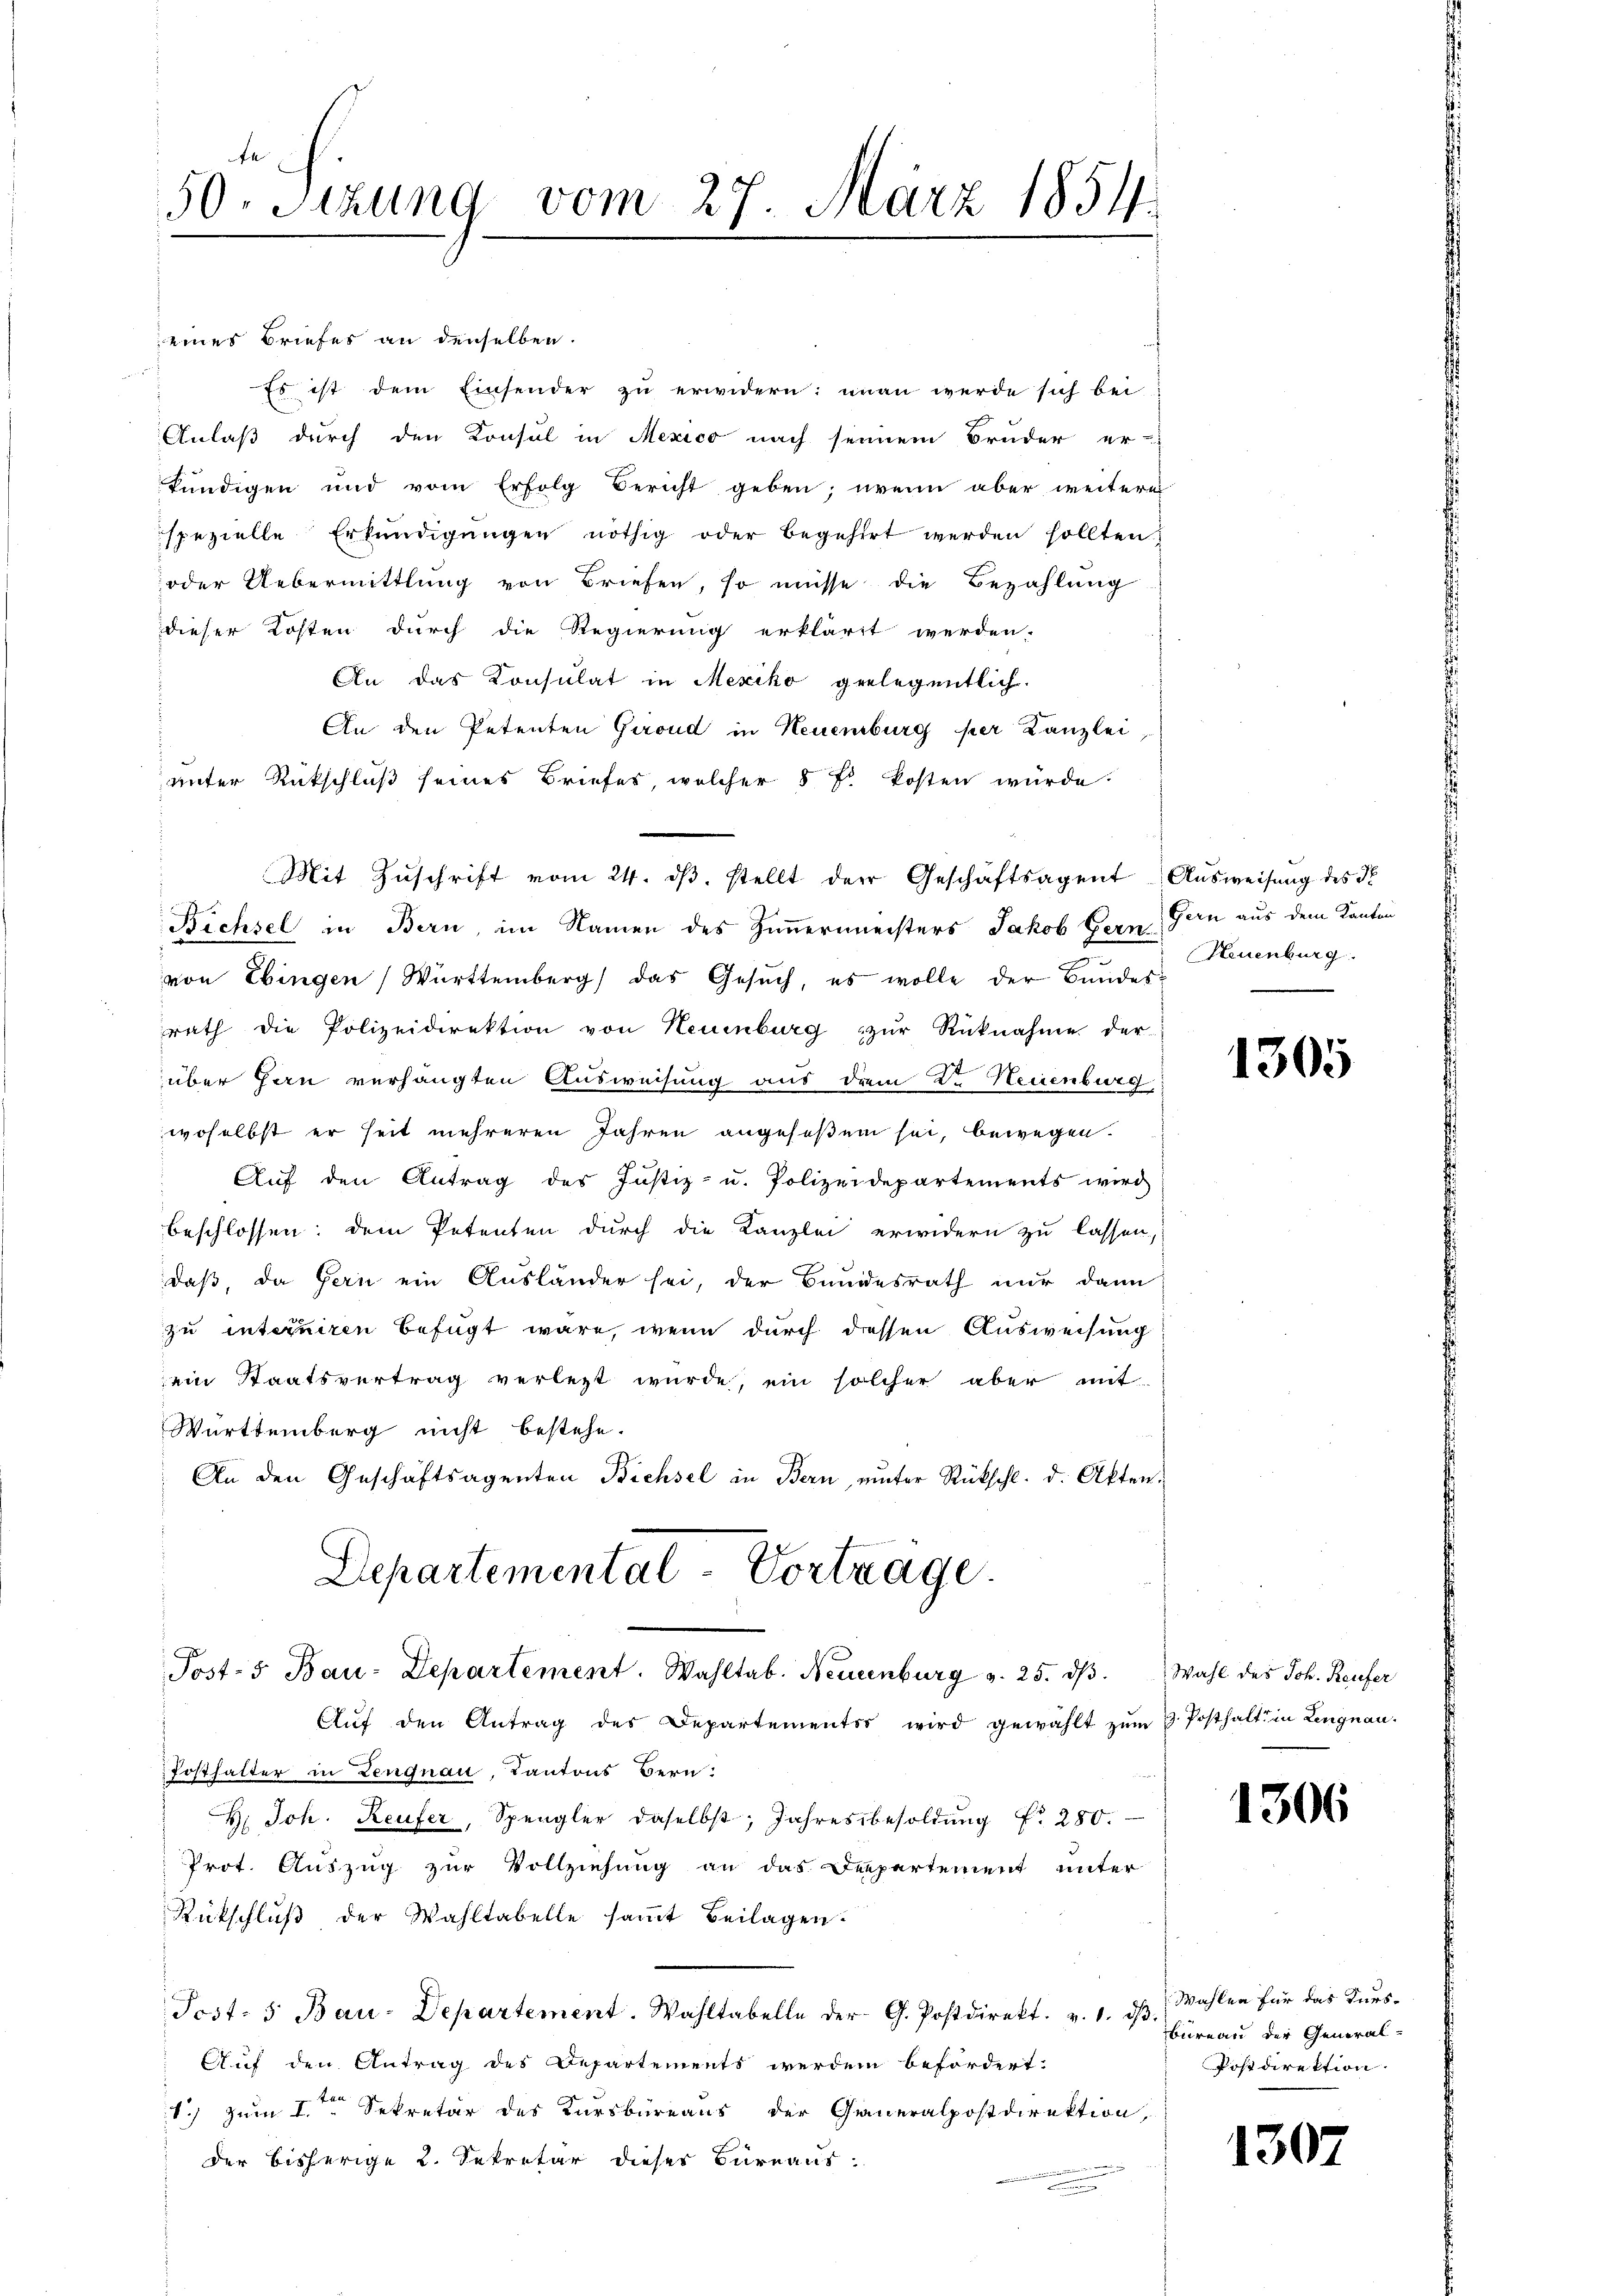
eines Briefes an denselben.
t
Es ist dem Einsender zu erwidern: man werde sich bei
Anlaß durch den Konsul in Mexico nach seinem Bruder er-
kündigen und vom Erfolg Bericht geben; wenn aber weitere
spezielle Erkundigungen nöthig oder begehrt werden sollten
oder Uebermittlung von Briefen, so müsse die Bezahlung
dieser Kosten durch die Regierung erkläret werden.
An das Konsulat in Mexiko gelegentlich.
An den Petenten Gerond in Neuenburg per Kanzlei
unter Rückschluß seines Briefes, welcher 5 Fr. kosten würde.
Mit Zŭschrift vom 24. dβ. stellt der Geschäftsagent Aŭsweisung des N
Bichsel in Bern, im Namen des Zimmermeisters Jakob Bern Gern aus dem Kanton
von Ebingen Württemberg das Gesuch, es wolle der Bundesrath die Polizeidirektion von Neuenburg zŭr Rücknahme der
über Jan verhängten Ausweisung aus dem Dr. Neuenburg,
woselbst er seit mehreren Jahren angeseßen sei, bewegen.
Auf den Antrag des Justiz- u. Polizeidepartements wird
beschlossen: dem Petenten durch die Kanzlei erwidern zu lassen,
daß, da Gern ein Ausländer sei, der Bundesrath nur dann
zu interniren befügt wäre, wenn durch diessen Ausweisung
ein Staatsvertrag verletzt wurde, ein solcher aber mit
Württemberg nicht bestehe.
An den Geschäftsagenten Bichsel in Bern, ŭnter Rückschl. d. Akten.
Departemental-Vortrage.
Post-5 Bau-Departement. Wahltab. Neuenburg v. 25. dβ. Wahl des Joh. Reufer
Aŭf den Antrag des Departements wird gewählt zŭm H. Posthalt in Lengnau.
fosthalter in Lengnau, Kantons Bern:
H. Joh. Reufer, Spengler daselbst, Jahresbesoldŭng f. 280.
Prot. Auszug zur Vollziehung an das Departement unter
Rückschlŭβ der Wahltabelle saṁt Beilagen.
Jcst. 5. Bau-Departement. Wahltabelle der G. Postdirekt. v. 1. ds. Wahlen für das Turs¬
Auf den Antrag des Departements werden befördert.
1) zum 1.ten Sekretär des Kursbureaus der Generalpostdirektion,
der bisherige 2. Sekretär dieser Bureaus.

50. Sizung vom 27. März 1854.

Neuenburg.

1305

1306

bureau der General-
Postdirektion

1307